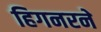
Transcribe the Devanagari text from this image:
हिगनरने